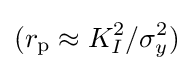
(r_{\text{p}}\approx K_{I}^{2}/\sigma _{y}^{2})